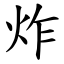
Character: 炸